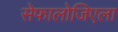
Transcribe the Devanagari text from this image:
सेफालोजिएला